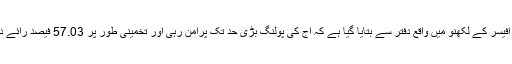
یوپی چیف الیکٹورل آفیسر کے لکھنؤ میں واقع دفتر سے بتایا گیا ہے کہ آج کی پولنگ بڑی حد تک پرامن رہی اور تخمینی طور پر 57.03 فیصد رائے دہی ریکارڈ کی گئی۔